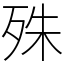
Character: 殊